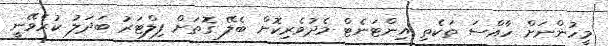
މީހުންނަށް ހާއްސަ ތަކެތި އިންޓަނެޓް މެދުވެރިކޮށް ބެލޭ ގޮތަށް ފިލްޓަރު ބަދަލު ކުރެވޭނީ